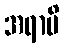
အရာပိ